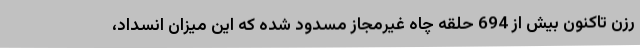
رزن تاکنون بیش از 694 حلقه چاه غیرمجاز مسدود شده که این میزان انسداد،